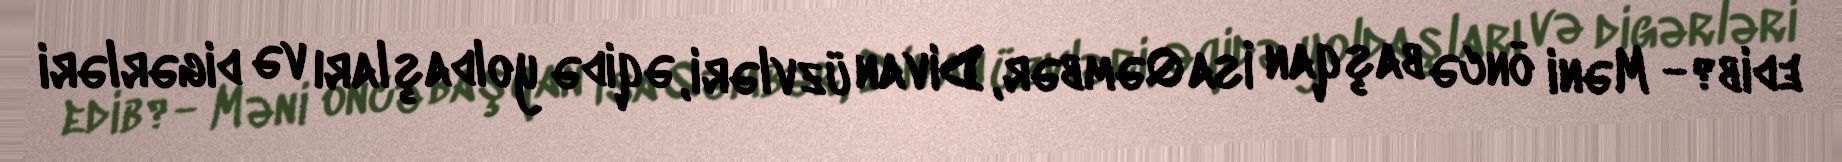
edib?- Məni öncə başqan İsa Qəmbər, Divan üzvləri, əqidə yoldaşları və digərləri